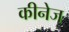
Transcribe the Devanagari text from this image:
कीनेज